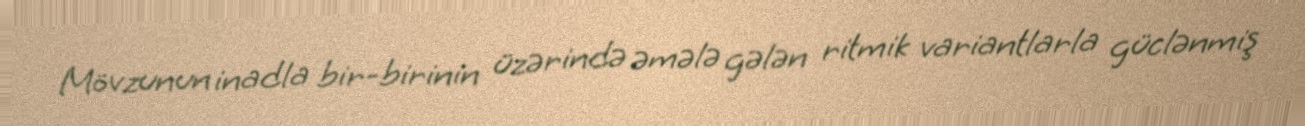
Mövzunun inadla bir-birinin üzərində əmələ gələn ritmik variantlarla güclənmiş